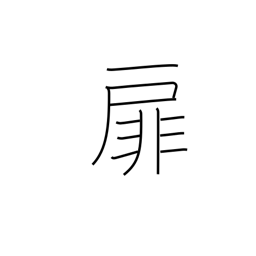
Meaning: front page